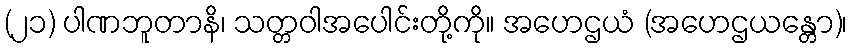
(၂၁) ပါဏဘူတာနိ၊ သတ္တဝါအပေါင်းတို့ကို။ အဟေဌယံ (အဟေဌယန္တော)၊